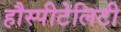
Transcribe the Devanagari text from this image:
हौस्पीटेलिटी